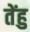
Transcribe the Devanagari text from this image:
तेंहु